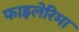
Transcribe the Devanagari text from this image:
फाइलेरिमा